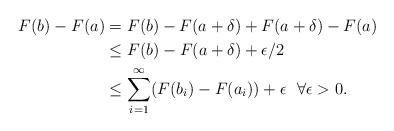
LaTeX: \begin{align*} F(b)-F(a)&=F(b)-F(a+\delta)+F(a+\delta)-F(a)\\&\le F(b)-F(a+\delta)+\epsilon/2\\&\le \sum_{i=1}^{\infty}(F(b_{i})-F(a_{i}))+\epsilon ~~\forall \epsilon>0. \end{align*}